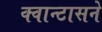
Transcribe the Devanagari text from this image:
क्वान्टासने